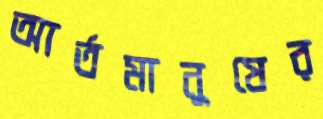
আর্তমানুষের